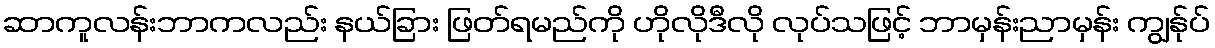
ဆာကူလန်းဘာကလည်း နယ်ခြား ဖြတ်ရမည်ကို ဟိုလိုဒီလို လုပ်သဖြင့် ဘာမှန်းညာမှန်း ကျွန်ုပ်